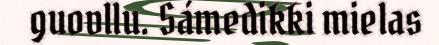
guovllu. Sámedikki mielas